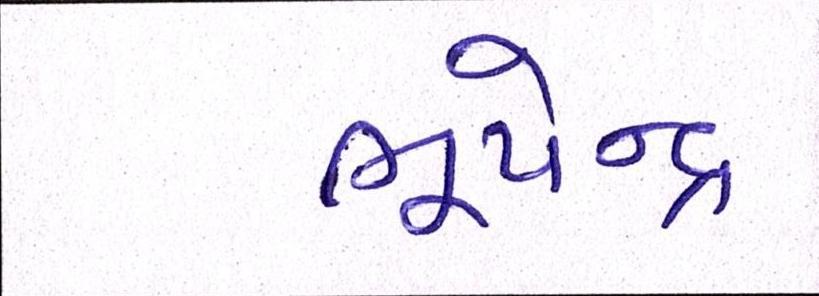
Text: ભૂપેન્દ્ર